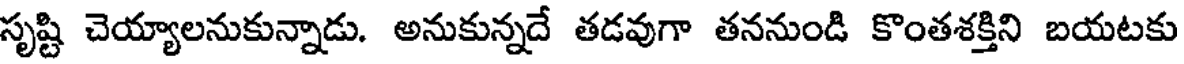
సృష్టి చెయ్యాలనుకున్నాడు. అనుకున్నదే తడవుగా తననుండి కొంతశక్తిని బయటకు